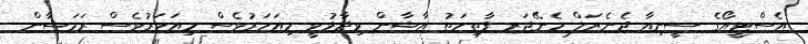
އެސްޓީއޯގެ ސީނިއާ ޖެނެރަލް މެނޭޖަރ ފާތިމަތު އާޝާން ވިދާޅުވީ މިއަހަރުވެސް މިއަހަރުވެސް ރަމަޟާން